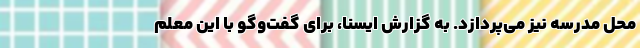
محل مدرسه نیز می‌پردازد. به گزارش ایسنا، برای گفت‌وگو با این معلم